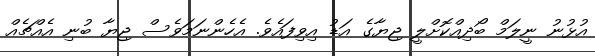
އުޅުނު ނީލަމް ބޯދިއްކޮށްލީ ޖިޔާގެ އަޑު އިވިފައެވެ. އެހެންނަމަވެސް ޖިޔާ ބުނި އެއްޗެއް